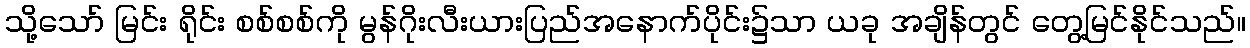
သို့သော် မြင်း ရိုင်း စစ်စစ်ကို မွန်ဂိုးလီးယားပြည်အနောက်ပိုင်း၌သာ ယခု အချိန်တွင် တွေ့မြင်နိုင်သည်။